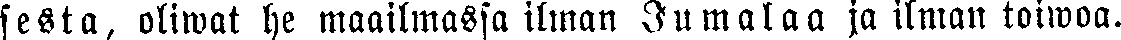
sesta, oliwat he maailmassa ilman Jumalaa ja ilman toiwoa.